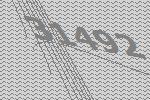
31492